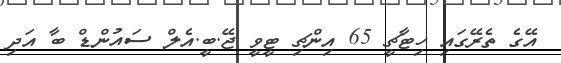
އޭގެ ތެރޭގައި ހިޓާޗީ 65 އިންޗި ޓީވީ ޖޭ.ބީ.އެލް ސައުންޑް ބާ އަދި